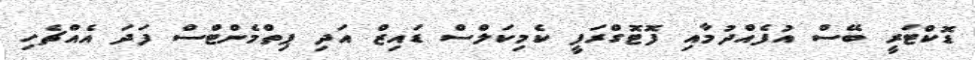
ޑޮކްޓަރީ ބޭސް އުފެއްދުމާއި ފޮޓޮގްރަފީ ކެމިކަލްސް ޑައިޒް އަދި ޕިތްމެންޓްސް ފަދަ އެއްޗެހި